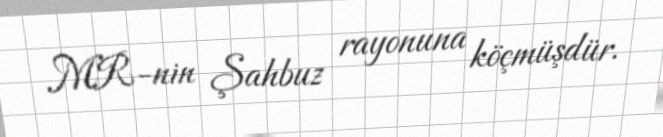
MR-nin Şahbuz rayonuna köçmüşdür.